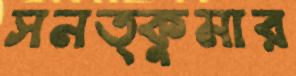
সনত্কুমার